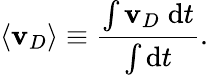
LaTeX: \langle\mathbf{v}_{D}\rangle\equiv\frac{\int\mathbf{v}_{D}\; \mathrm{d}t}{\int\mathrm{d}t}.